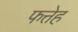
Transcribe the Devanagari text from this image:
फत्तेह